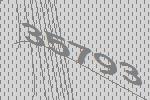
35793